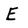
Character: E